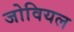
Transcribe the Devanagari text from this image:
जोवियल